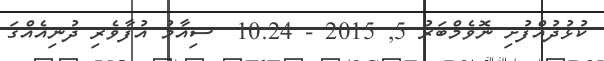
ކުޅުދުއްފުށި ނޮވެމްބަރު 5